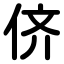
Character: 侪